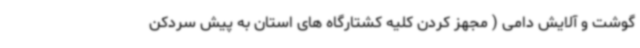
گوشت و آلایش دامی ( مجهز کردن کلیه کشتارگاه های استان به پیش سردکن